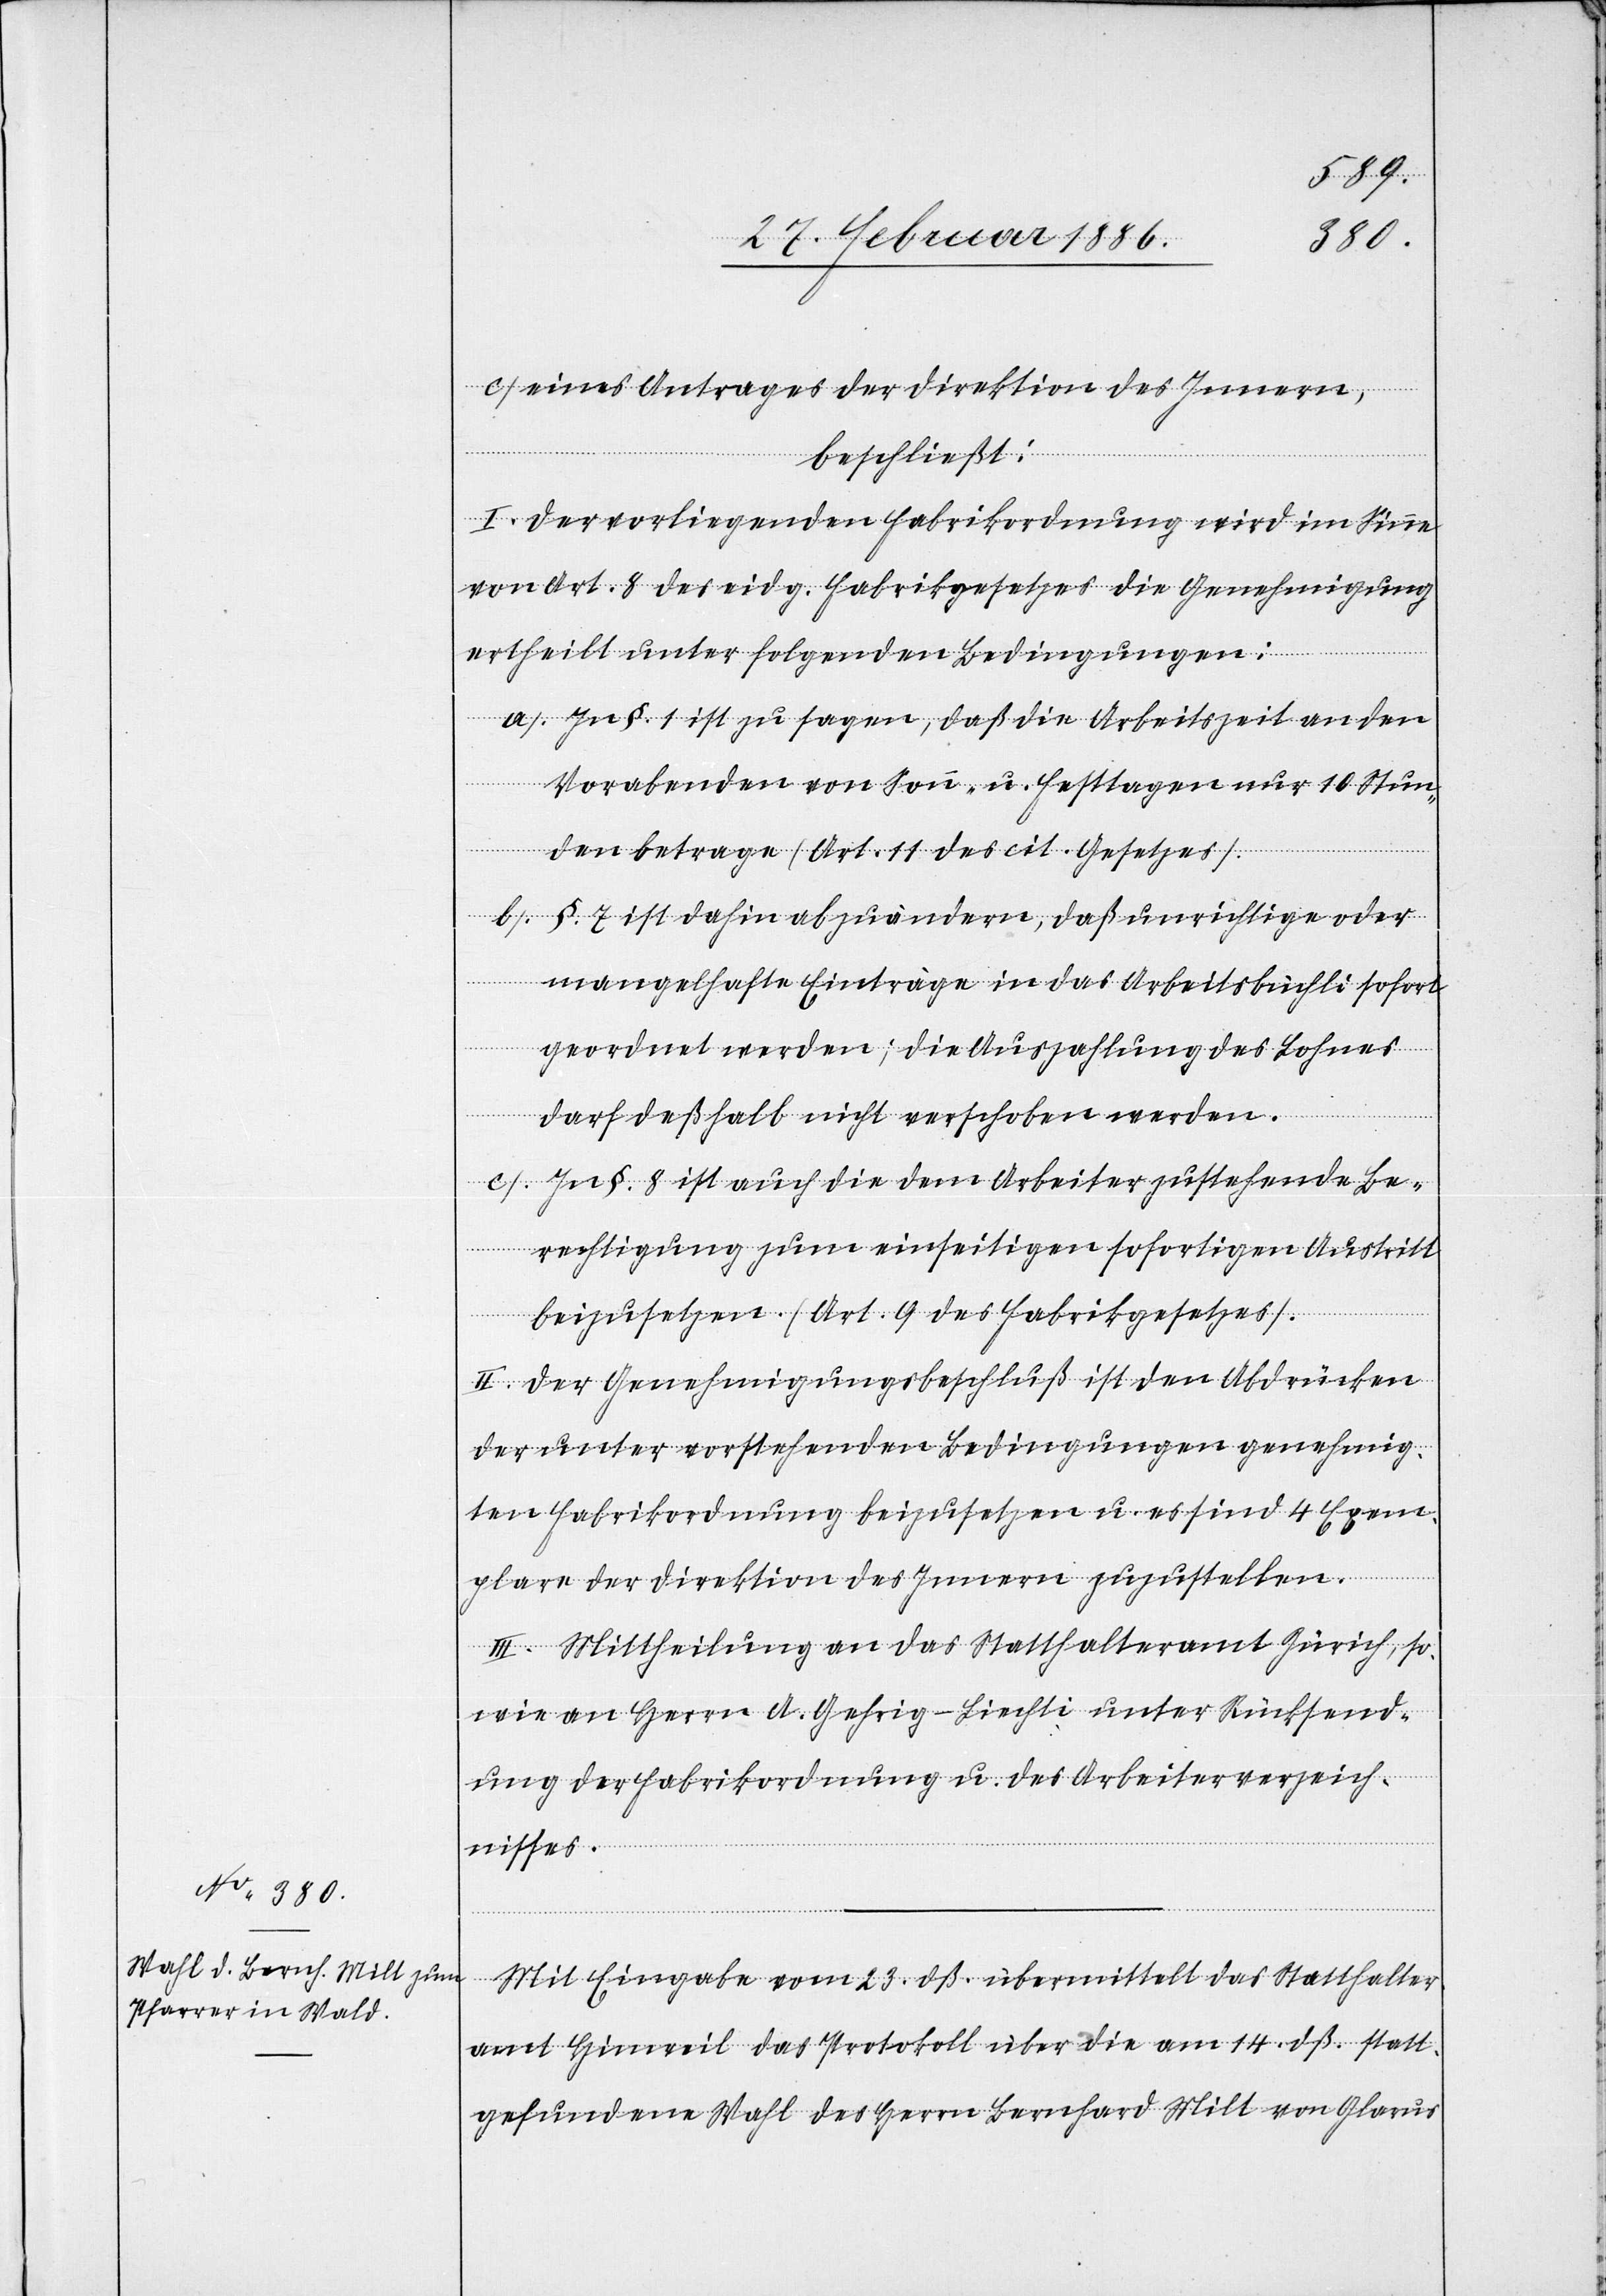
c) eines Antrages der Direktion des Innern,
beschließt;
I. Der vorliegenden Fabrikordnung wird im Sinne
von Art. 8 des eidg. Fabrikgesetzes die Genehmigung
ertheilt unter folgenden Bedingungen:
a) In §. 1 ist zu sagen, daß die Arbeitszeit an den
Vorabenden von Sonn- u. Festtagen nur 10 Stun¬
den betrage (Art. 11 des cit. Gesetztes).
b) §. 7 ist dahin abzuändern, daß unrichtige oder
mangelhafte Einträge in das Arbeitsbüchli sofort
geordnet werden; die Auszahlungen des Lohnes
darf deßhalb nicht verschoben werden.
c) In §. 8 ist auch die dem Arbeiter zustehende Be¬
rechtigung zum einseitigen sofortigen Austritt
beizusetzen (Art. 9 des Fabrikgesetzes).
II. Der Genehmigungsbeschluß ist den Abdrücken
der unter vorstehenden Bedingungen genehmig¬
ten Fabrikordnung beizusetzen u. es sind 4 Exem¬
plare der Direktion des Innern zuzustellen.
III. Mitheilung an das Statthalteramt Zürich, so¬
wie an Herrn A. Gehrig-Liechti unter Rücksend¬
ung der Fabrikordnung u. des Arbeiterverzeich¬
nisses.
Mit Eingabe vom 23. dß. übermittelt das Statthalter¬
amt Hinweil das Protokoll über die am 14. dß. statt¬
gefundene Wahl des Herrn Bernhard Milt von Glarus